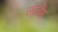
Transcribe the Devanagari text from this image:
उरबीक्ष